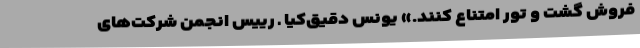
فروش گشت و تور امتناع کنند.» یونس دقیق‌کیا ـ رییس انجمن شرکت‌های